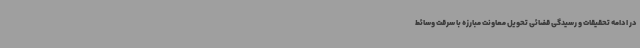
در ادامه تحقیقات و رسیدگی قضائی تحویل معاونت مبارزه با سرقت وسائط